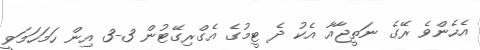
އެހެންވެ ރޭގެ ނަތީޖާއާ އެކު ދެ ޓީމުގެ އެގްރިގޭޓުން 3-3 އިން ހަމަހަމަވީ